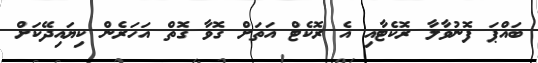
ބައްޕަ ފޮނުވާލާ ރޮކެޓާއި އެ ރޮކެޓް އަތަށް ގޮވާ ގޮތް އަހަރެން ކިޔައިދޭކަށް